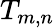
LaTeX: T_{m,n}